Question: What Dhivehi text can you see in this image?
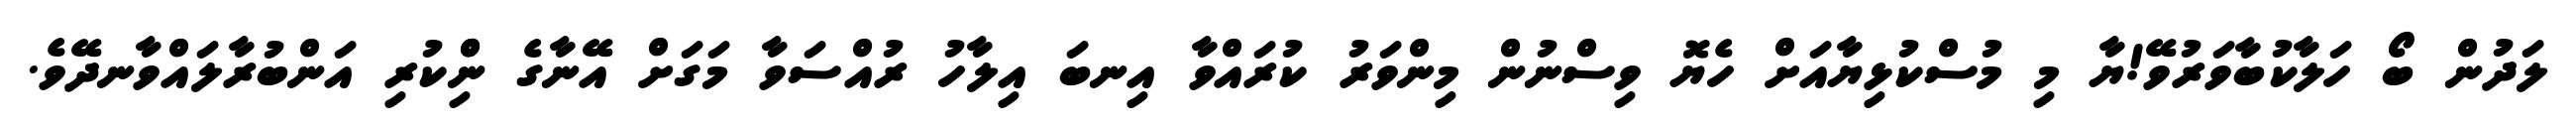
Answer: ލަދުން ބޯ ހަލާކުބާވަރުވޭ!ޔާ މި މުސްކުޅިޔާއަށް ހެޔޮ ވިސްނުން މިންވަރު ކުރައްވާ އިނބަ އިލާހު ރުއްސަވާ މަގަށް އޭނާގެ ނިްްކުރި އަންބުރާލައްވާނދޭވެ.